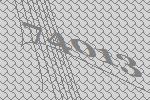
74013